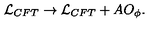
{ \cal L } _ { C F T } \to { \cal L } _ { C F T } + A O _ { \phi } .